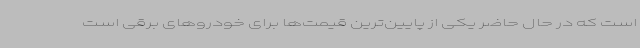
است که در حال حاضر یکی از پایین‌ترین قیمت‌ها برای خودروهای برقی است